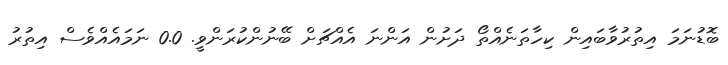
ބޮޑުނަމަ އިތުރުވާބައިން ކިހާތަނެއްތޯ ދަށުން އަންނަ އެއްޗަށް ބޭނުންކުރަންވީ. 0.0 ނަމައެއްވެސް އިތުރު